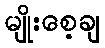
မျိုးစေ့ချ